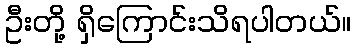
ဦးတို့ ရှိကြောင်းသိရပါတယ်။